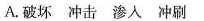
A.破坏 冲击 渗人 冲刷